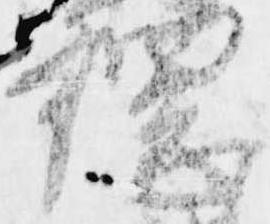
綱